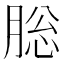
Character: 䶼